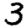
Digit: 3